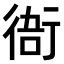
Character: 𧗮